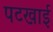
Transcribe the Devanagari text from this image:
पटखाई